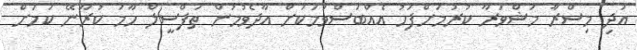
އަދި މިސްރާ މަޝްވަރާ ކުރުމަށްފަހު އެއްބަސްވުމަކަށް އާދެވުމުން ތަފްސީލް ހާމަ ކުރާނޭ ކަމަށް